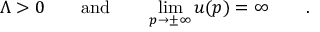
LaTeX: \Lambda > 0 \qquad \mathrm { a n d } \qquad \operatorname * { l i m } _ { p \to \pm \infty } u ( p ) = \infty \qquad .